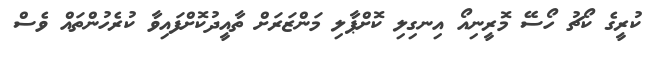
ކުރީގެ ކޯޗު ހޯސޭ މޮރީނިއޯ އިނގިލި ކޮށްޕާލި މަންޒަރަށް ތާއީދުކޮށްފައިވާ ކުރެހުންތައް ވެސް